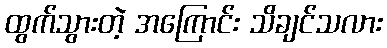
ထွက်သွားတဲ့ အကြောင်း သိချင်သလား